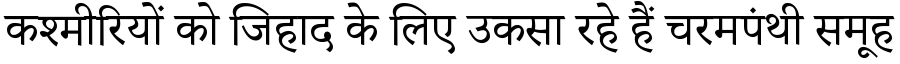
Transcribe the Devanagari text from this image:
कश्मीरियों को जिहाद के लिए उकसा रहे हैं चरमपंथी समूह